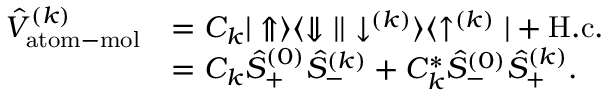
\begin{array} { r l } { \hat { V } _ { \mathrm { a t o m - m o l } } ^ { ( k ) } } & { = C _ { k } | \Uparrow \rangle \langle \Downarrow | | \downarrow ^ { ( k ) } \rangle \langle \uparrow ^ { ( k ) } | + \mathrm { H . c . } } \\ & { = C _ { k } \hat { S } _ { + } ^ { ( 0 ) } \hat { S } _ { - } ^ { ( k ) } + C _ { k } ^ { * } \hat { S } _ { - } ^ { ( 0 ) } \hat { S } _ { + } ^ { ( k ) } . } \end{array}